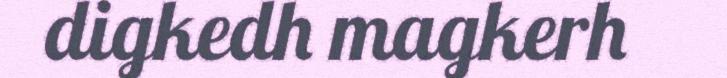
digkedh magkerh